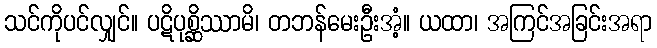
သင်ကိုပင်လျှင်။ ပဋိပုစ္ဆိဿာမိ၊ တဘန်မေးဦးအံ့။ ယထာ၊ အကြင်အခြင်းအရာ